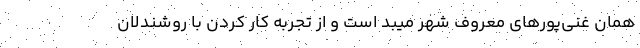
همان غنی‌پورهای معروف شهر میبد است و از تجربه کار کردن با روشندلان